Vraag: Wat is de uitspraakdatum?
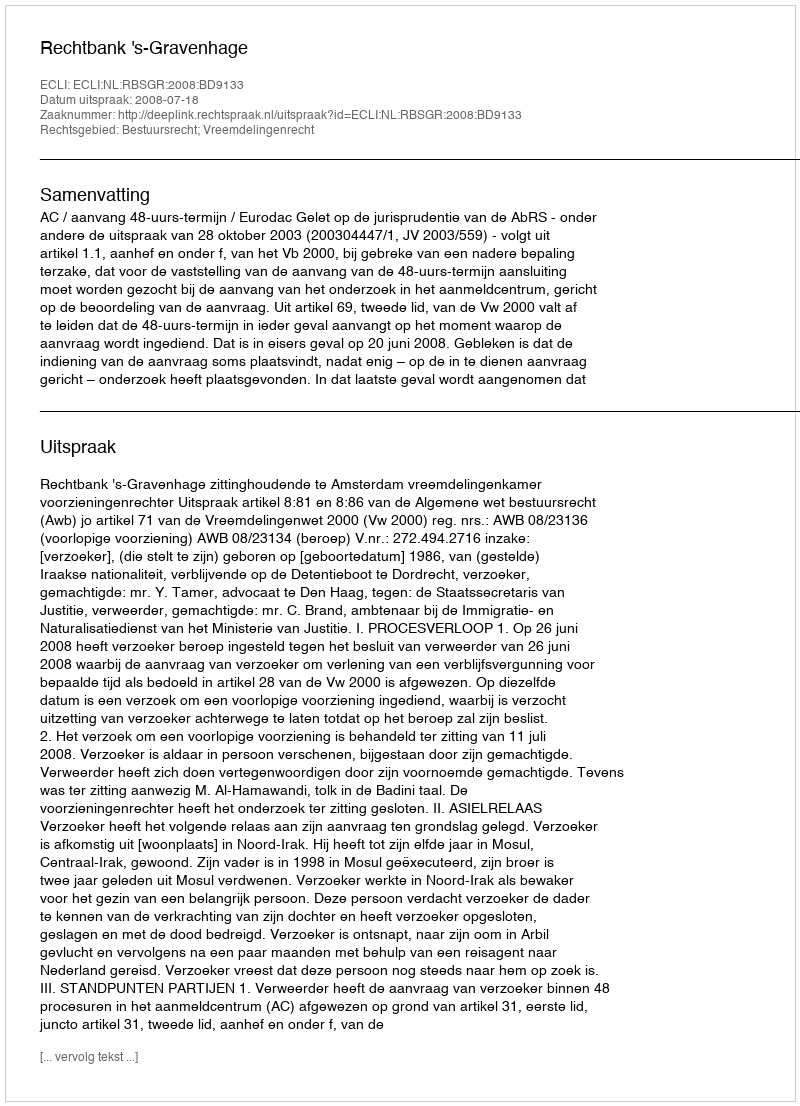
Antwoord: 2008-07-18